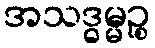
အသဒ္ဓမ္မဉ္စ